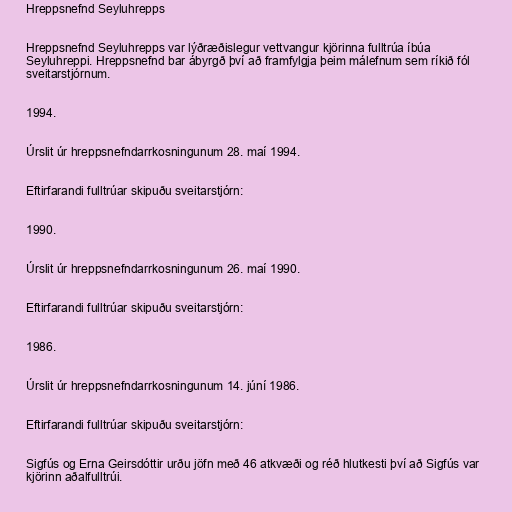
Hreppsnefnd Seyluhrepps

Hreppsnefnd Seyluhrepps var lýðræðislegur vettvangur kjörinna fulltrúa íbúa
Seyluhreppi. Hreppsnefnd bar ábyrgð því að framfylgja þeim málefnum sem ríkið fól
sveitarstjórnum.

1994.

Úrslit úr hreppsnefndarrkosningunum 28. maí 1994.

Eftirfarandi fulltrúar skipuðu sveitarstjórn:

1990.

Úrslit úr hreppsnefndarrkosningunum 26. maí 1990.

Eftirfarandi fulltrúar skipuðu sveitarstjórn:

1986.

Úrslit úr hreppsnefndarrkosningunum 14. júní 1986.

Eftirfarandi fulltrúar skipuðu sveitarstjórn:

Sigfús og Erna Geirsdóttir urðu jöfn með 46 atkvæði og réð hlutkesti því að Sigfús var
kjörinn aðalfulltrúi.